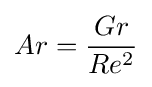
Ar={\frac {Gr}{Re^{2}}}